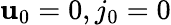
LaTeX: \mathbf{u}_{0}=0,j_{0}=0